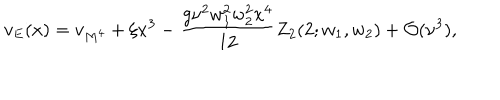
v _ { E } ( x ) = v _ { M ^ { 4 } } + \xi x ^ { 3 } - \frac { g \nu ^ { 2 } w _ { 1 } ^ { 2 } w _ { 2 } ^ { 2 } x ^ { 4 } } { 1 2 } Z _ { 2 } ( 2 ; w _ { 1 } , w _ { 2 } ) + { \cal O } ( \nu ^ { 3 } ) ,